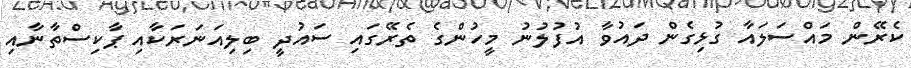
ކެރޭން މައްސަލައާ ގުޅިގެން ދައުވާ އުފުލުނު މީހުންގެ ތެރޭގައި ސައުދީ ބިލިއަނަރަކާއި ޕާކިސްތާނާއި